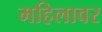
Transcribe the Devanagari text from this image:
महिलावर